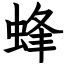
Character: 蜂